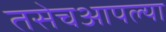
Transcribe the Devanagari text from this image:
तसेचआपल्या